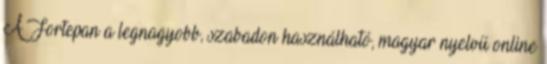
A Fortepan a legnagyobb, szabadon használható, magyar nyelvű online